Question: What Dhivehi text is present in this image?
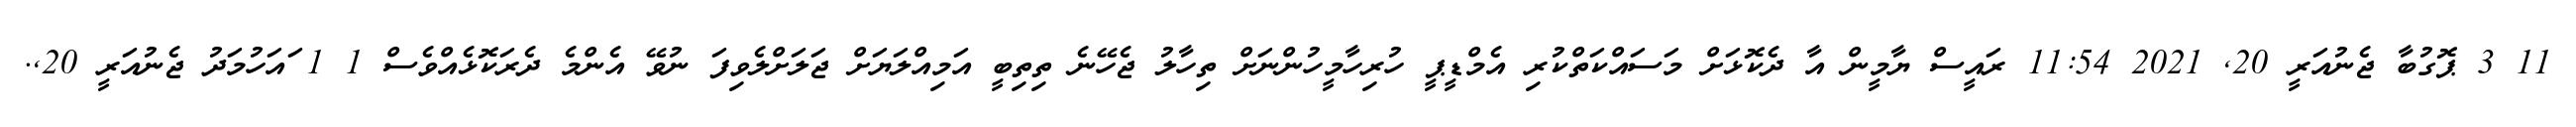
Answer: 11 3 ޕޮގުބާ ޖެނުއަރީ 20, 2021 11:54 ރައީސް ޔާމީން އާ ދެކޮޅަށް މަސައްކަތްކުރި އެމްޑީޕީ ހުރިހާމީހުންނަށް ތިހާލު ޖެހޭނެ ތިތިބީ އަމިއްލަޔަށް ޖަލަށްލެވިފަ ނުވޭ އެންމެ ދެރަކޮޅެއްވެސް 1 1 ައަހުމަދު ޖެނުއަރީ 20,.